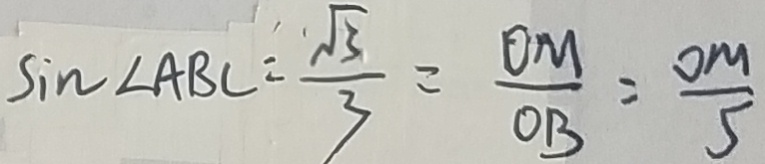
\sin \angle A B C = \frac { \sqrt { 3 } } { 3 } = \frac { O M } { O B } = \frac { O M } { 5 }